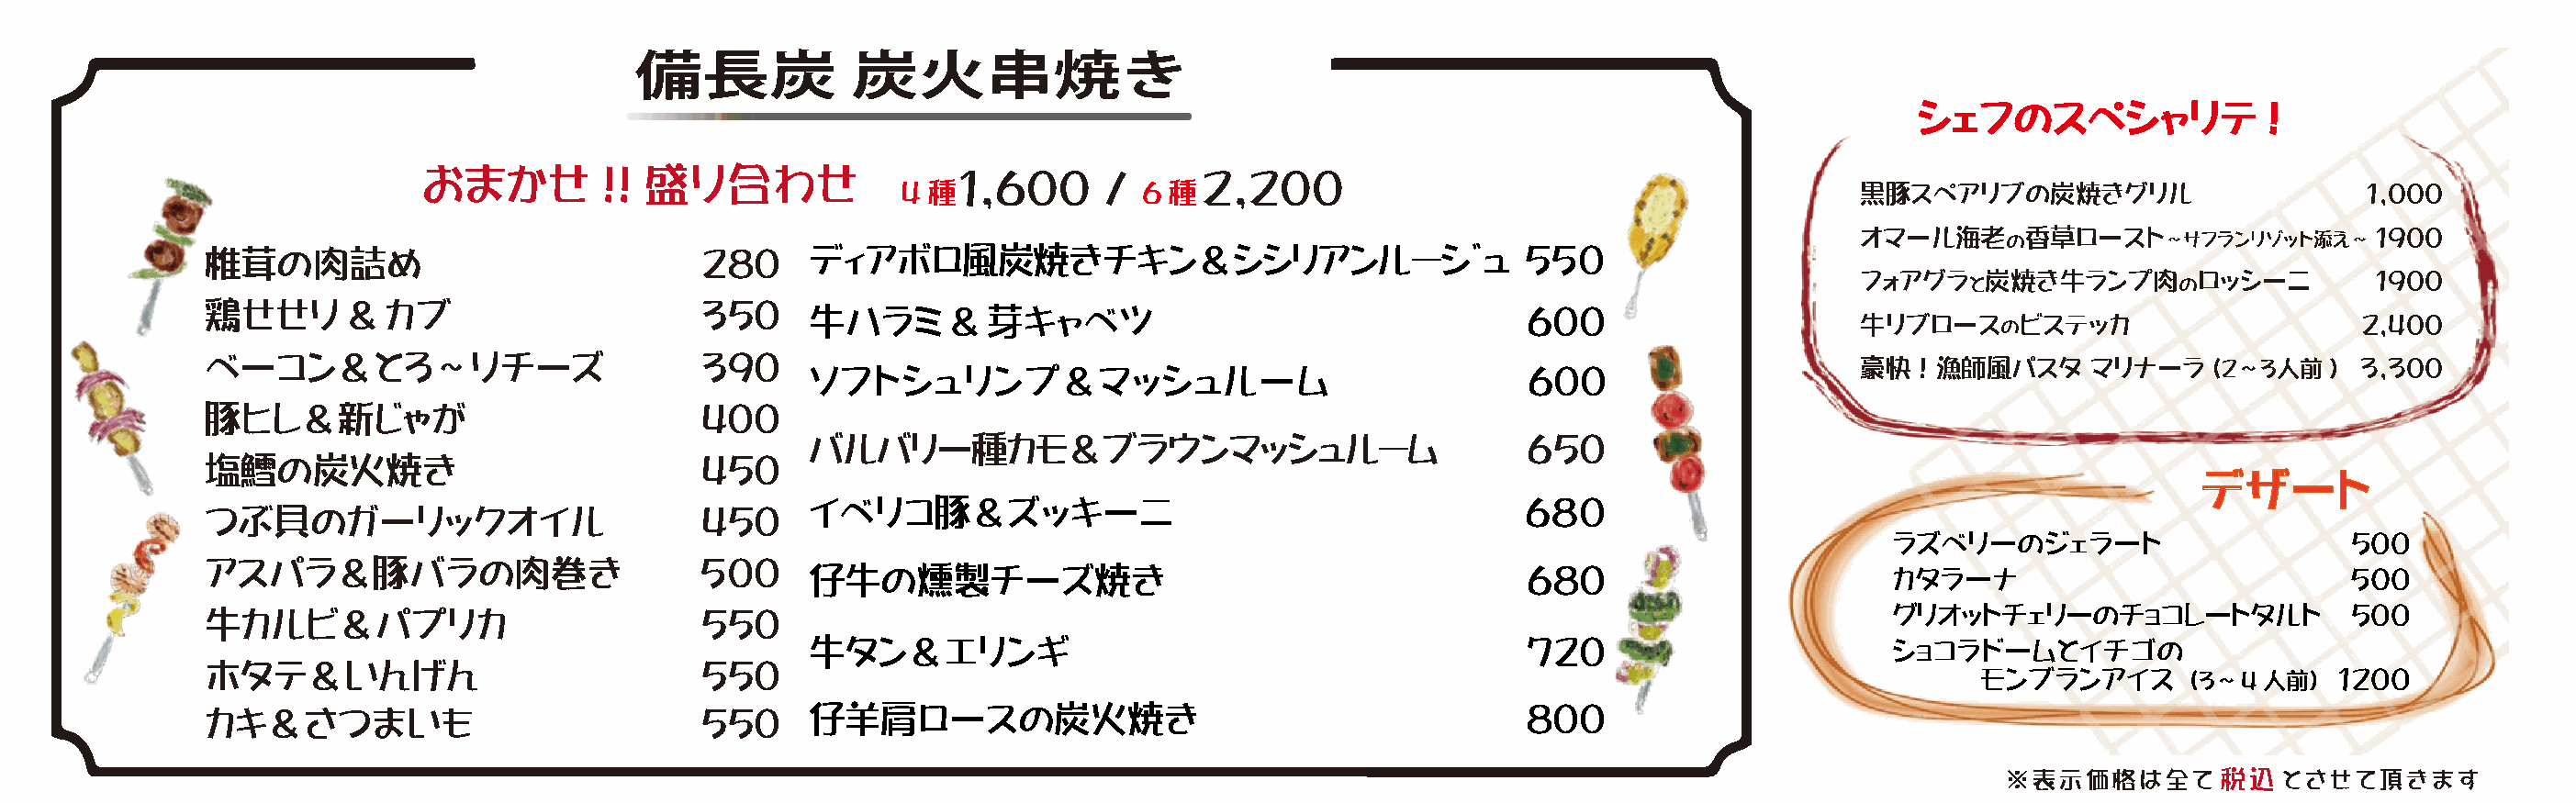
備長炭            炭火串焼き
 シェフのスペシャリテ               !
 おまかせ         !!  盛り合わせ                 1,600      /      2,200
 4 種              6 種                                                 黒豚スペアリブの炭焼きグリル                       1,000
 オマール海老     の香草ロースト～サフランリゾット添え～       1900
 椎茸の肉詰め                              280    ディアボロ風炭焼きチキン＆ｼｼﾘｱﾝﾙｰｼﾞｭ                             5５0
 フォアグラ    炭焼き牛ランプ肉       ロッシーニ        1900
 と              の
 鶏せせり      &  カブ                     350
 牛ハラミ       & 芽キャベツ                                  600
 牛リブロースのビステッカ                        2,400
 ベーコン＆とろ～りチーズ                        390
 ソフトシュリンプ＆マッシュルーム                                    600                     豪快！漁師風パスタ        マリナーラ   (２～３人前)    3,300
 豚ヒレ＆新じゃが                            400
 バルバリー種カモ&ブラウンマッシュﾙｰﾑ                                650
 塩鱈の炭火焼き                             450
 デザート
 イベリコ豚＆ズッキーニ                                         6８0
 つぶ貝のガーリックオイル                        450
 ラズベリーのジェラート                       500
 アスパラ＆豚バラの肉巻き                       ５０0
 仔牛の燻製チーズ焼き                                          680                       カタラーナ                            ５０0
 牛カルビ＆パプリカ                           550                                                                                  グリオットチェリーのチョコレートタルト               500
 牛タン＆エリンギ                                            720                       ショコラドームとイチゴの
 ホタテ＆いんげん                            550
 モンブランアイス       （3～4人前）    1200
 カキ＆さつまいも                            550    仔羊肩ロースの炭火焼き                                         800
 ※表示価格は全て       税込   とさせて頂きます